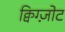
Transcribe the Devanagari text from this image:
क्विग्ज़ोट